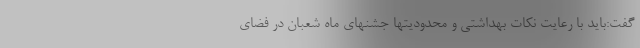
گفت:باید با رعایت نکات بهداشتی و محدودیتها جشنهای ماه شعبان در فضای